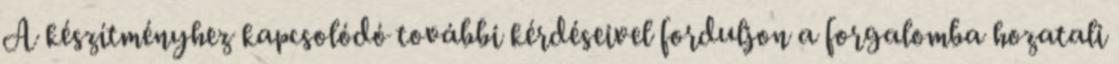
A készítményhez kapcsolódó további kérdéseivel forduljon a forgalomba hozatali